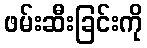
ဖမ်းဆီးခြင်းကို